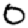
Digit: 0